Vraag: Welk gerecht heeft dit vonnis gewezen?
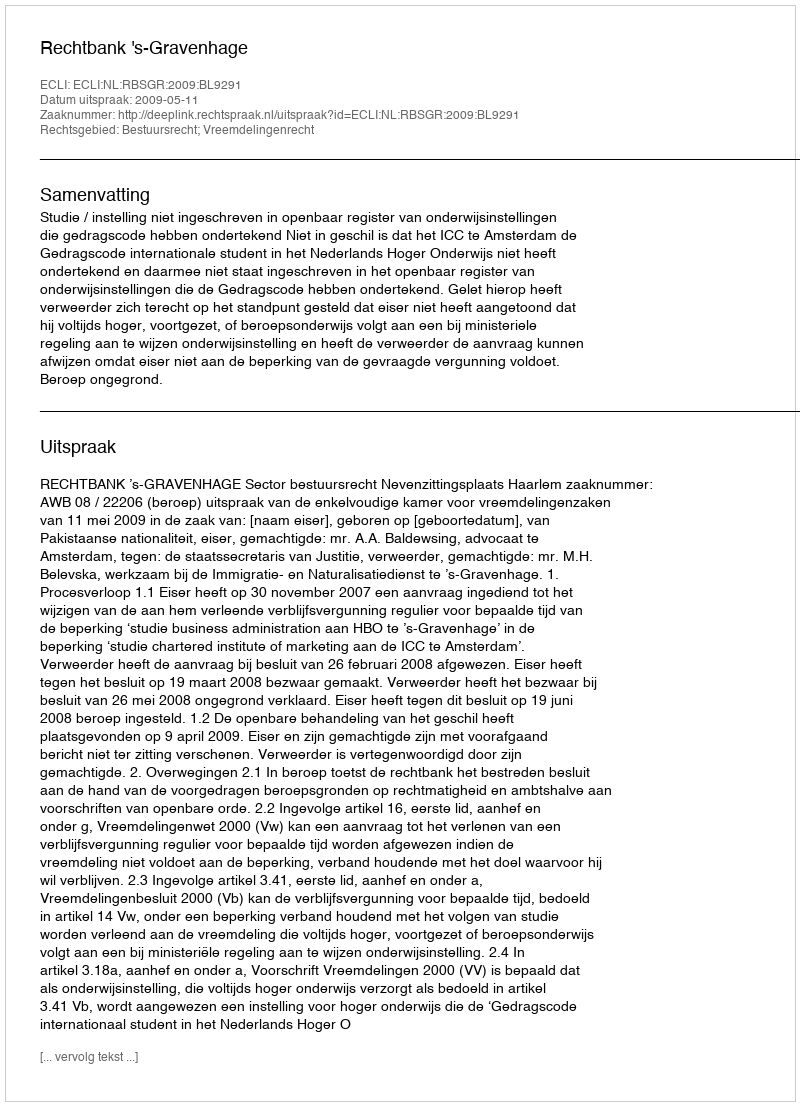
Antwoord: Rechtbank 's-Gravenhage